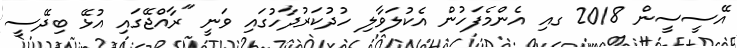
އޭސީސީން 2018 ގއި އެންމެފަހުން އެކުލަވާލި ހުދުކަރުދާހުގައި ވަނީ "ރާއްޖޭގައި އުޅޭ ބިދޭސީ